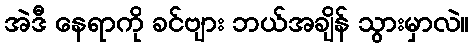
အဲဒီ နေရာကို ခင်ဗျား ဘယ်အချိန် သွားမှာလဲ။